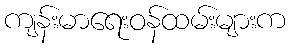
ကျန်းမာရေးဝန်ထမ်းများက